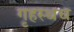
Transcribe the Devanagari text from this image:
गृहस्थच